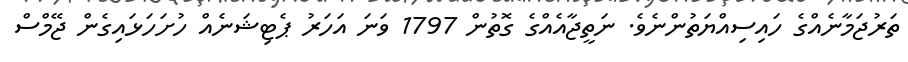
ތަރުޖަމާނެއްގެ ހައިސިއްޔަތުންނެވެ. ނަތީޖާއެއްގެ ގޮތުން 1797 ވަނަ އަހަރު ޕެޓިޝަނެއް ހުށަހަޅައިގެން ޖޭމްސް